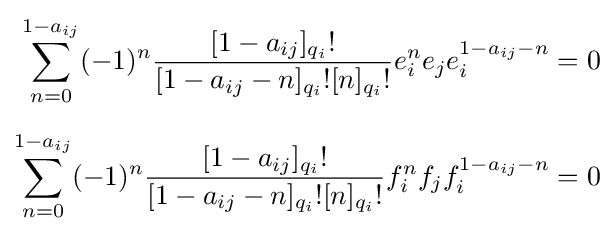
{\begin{aligned}\sum _{n=0}^{1-a_{ij}}(-1)^{n}{\frac {[1-a_{ij}]_{q_{i}}!}{[1-a_{ij}-n]_{q_{i}}![n]_{q_{i}}!}}e_{i}^{n}e_{j}e_{i}^{1-a_{ij}-n}&=0\\[6pt]\sum _{n=0}^{1-a_{ij}}(-1)^{n}{\frac {[1-a_{ij}]_{q_{i}}!}{[1-a_{ij}-n]_{q_{i}}![n]_{q_{i}}!}}f_{i}^{n}f_{j}f_{i}^{1-a_{ij}-n}&=0\end{aligned}}